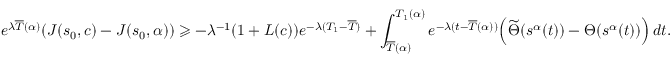
e ^ { \lambda \overline { { T } } ( \alpha ) } ( J ( s _ { 0 } , c ) - J ( s _ { 0 } , \alpha ) ) \geqslant - \lambda ^ { - 1 } ( 1 + L ( c ) ) e ^ { - \lambda ( T _ { 1 } - \overline { { T } } ) } + \int _ { \overline { { T } } ( \alpha ) } ^ { T _ { 1 } ( \alpha ) } e ^ { - \lambda ( t - \overline { { T } } ( \alpha ) ) } \Bigl ( \widetilde { \Theta } ( s ^ { \alpha } ( t ) ) - { \Theta } ( s ^ { \alpha } ( t ) ) \Bigr ) \, d t .